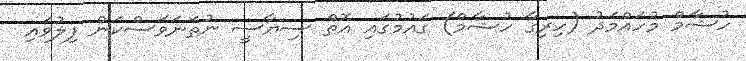
ހުޝާމް މުހައްމަދު (ހިރިގާ ހުޝާމް) ގައުމުގައި އޮތް ސިޔާސީ ނުތަނަވަސްކަން ފިލުވައި